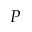
P